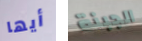
أيها الجبنة